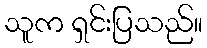
သူက ရှင်းပြသည်။